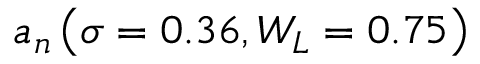
a _ { n } \left( \sigma = 0 . 3 6 , W _ { L } = 0 . 7 5 \right)